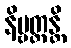
နိဗ္ဗတ္တန္တိ